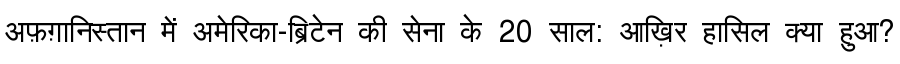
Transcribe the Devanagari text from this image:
अफ़ग़ानिस्तान में अमेरिका-ब्रिटेन की सेना के 20 साल: आख़िर हासिल क्या हुआ?